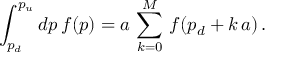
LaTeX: \int _ { p _ { d } } ^ { p _ { u } } d p \, f ( p ) = a \, \sum _ { k = 0 } ^ { M } \, f ( p _ { d } + k \, a ) \, .